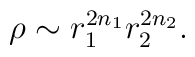
\rho \sim r_1^{2n_1}r_2^{2n_2}.